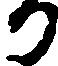
か